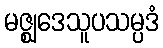
မဇ္ဈဒေသူပသမ္ပဒံ